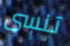
تنسى